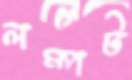
লম্পট